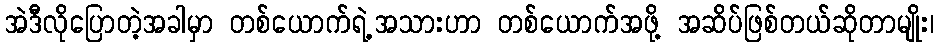
အဲဒီလိုပြောတဲ့အခါမှာ တစ်ယောက်ရဲ့အသားဟာ တစ်ယောက်အဖို့ အဆိပ်ဖြစ်တယ်ဆိုတာမျိုး၊